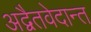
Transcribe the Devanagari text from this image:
अद्वैतवेदान्त